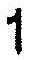
1